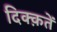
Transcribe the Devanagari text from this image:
दिक्क़तें